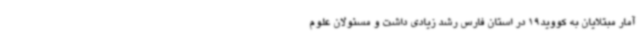
آمار مبتلایان به کووید19 در استان فارس رشد زیادی داشت و مسئولان علوم